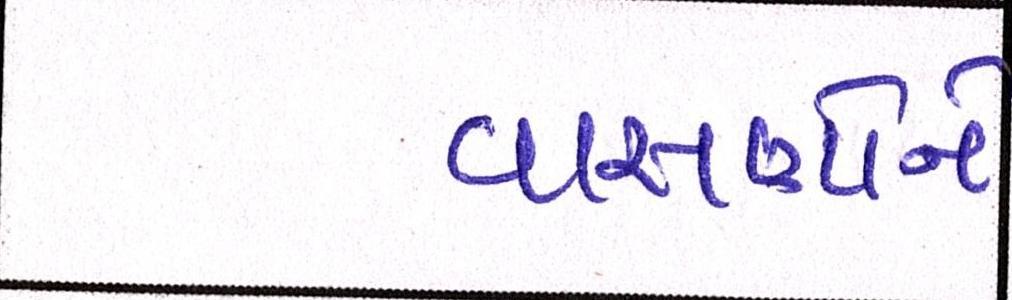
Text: વાસણોને